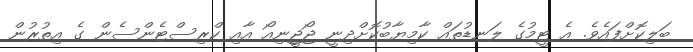
ބަލިކޮށްފައެވެ. އެ ޓީމުގެ ލަނޑުތައް ކާމިޔާބުކޮށްދިނީ ޖޯޖީނިއޯ އާއި ކްރިސްޓެންސެން ގެ އިތުރުން